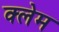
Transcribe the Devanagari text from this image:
क्‍लेम